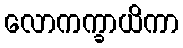
လောကက္ခာယိကာ